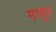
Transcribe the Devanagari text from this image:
माबूत